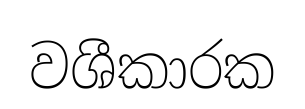
වශීකාරක